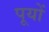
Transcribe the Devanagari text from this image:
पूयों